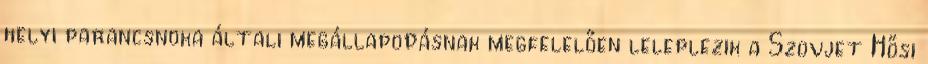
helyi parancsnoka általi megállapodásnak megfelelően leleplezik a Szovjet Hősi